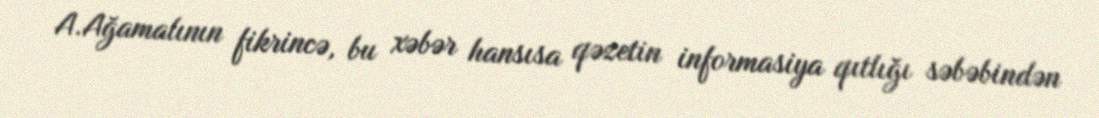
A.Ağamalının fikrincə, bu xəbər hansısa qəzetin informasiya qıtlığı səbəbindən